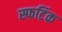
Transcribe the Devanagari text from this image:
स्फटिंक